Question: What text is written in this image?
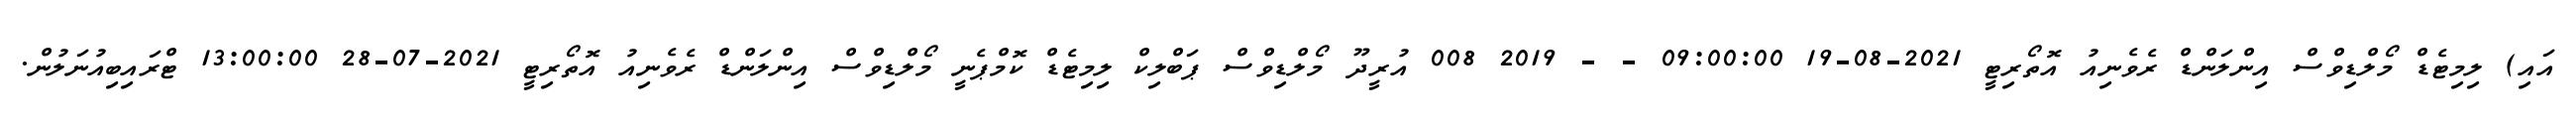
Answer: އައި) ލިމިޓެޑް މޯލްޑިވްސް އިންލަންޑް ރެވެނިއު އޮތޯރިޓީ 2021-08-19 09:00:00 - - 2019 008 އުރީދޫ މޯލްޑިވްސް ޕަބްލިކް ލިމިޓެޑް ކޮމްޕެނީ މޯލްޑިވްސް އިންލަންޑް ރެވެނިއު އޮތޯރިޓީ 2021-07-28 13:00:00 ޓްރައިބިއުނަލުން.